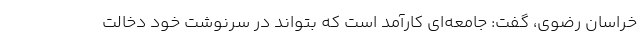
خراسان رضوی، گفت: جامعه‌ای کارآمد است که بتواند در سرنوشت خود دخالت